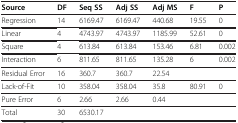
<table><thead><tr><td><b>Source</b></td><td><b>DF</b></td><td><b>Seq SS</b></td><td><b>Adj SS</b></td><td><b>Adj MS</b></td><td><b>F</b></td><td><b>P</b></td></tr></thead><tbody><tr><td>Regression</td><td>14</td><td>6169.47</td><td>6169.47</td><td>440.68</td><td>19.55</td><td>0</td></tr><tr><td>Linear</td><td>4</td><td>4743.97</td><td>4743.97</td><td>1185.99</td><td>52.61</td><td>0</td></tr><tr><td>Square</td><td>4</td><td>613.84</td><td>613.84</td><td>153.46</td><td>6.81</td><td>0.002</td></tr><tr><td>Interaction</td><td>6</td><td>811.65</td><td>811.65</td><td>135.28</td><td>6</td><td>0.002</td></tr><tr><td>Residual Error</td><td>16</td><td>360.7</td><td>360.7</td><td>22.54</td><td> </td><td> </td></tr><tr><td>Lack-of-Fit</td><td>10</td><td>358.04</td><td>358.04</td><td>35.8</td><td>80.91</td><td>0</td></tr><tr><td>Pure Error</td><td>6</td><td>2.66</td><td>2.66</td><td>0.44</td><td> </td><td> </td></tr><tr><td>Total</td><td>30</td><td>6530.17</td><td> </td><td> </td><td> </td><td> </td></tr></tbody></table>